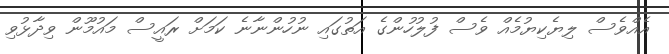
އެއްވެސް ލިޔެކިޔުމެއް ވެސް ފުލުހުންގެ އަތުގައި ނުހުންނާނެ ކަމަށް ރައީސް މައުމޫން ވިދާޅުވި